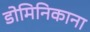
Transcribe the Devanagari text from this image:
डोमिनिकाना